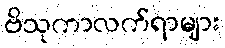
ဗိသုကာလက်ရာများ